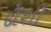
દોશી